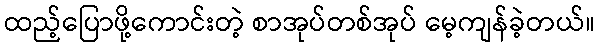
ထည့်ပြောဖို့ကောင်းတဲ့ စာအုပ်တစ်အုပ် မေ့ကျန်ခဲ့တယ်။